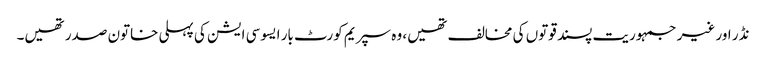
نڈر اور غیر جمہوریت پسند قوتوں کی مخالف تھیں، وہ سپریم کورٹ بار ایسوسی ایشن کی پہلی خاتون صدر تھیں۔